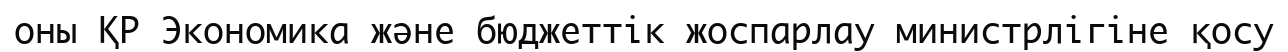
оны ҚР Экономика және бюджеттік жоспарлау министрлігіне қосу